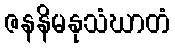
ဇနနိမနုသံဃာတံ